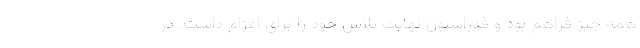
همه چیز فراهم بود و فدراسیون نهایت تلاش خود را برای اعزام داشت. در